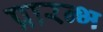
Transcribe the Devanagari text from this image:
प्रारन्भ